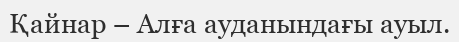
Қайнар – Алға ауданындағы ауыл.